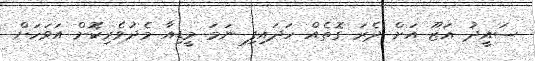
ސައީދު އަޒޫ އަށް ދެރަ ގޮތެއް ހަދައިފި ނަމަ މީޑިއާ މެދުވެރިކޮަށް އަވަހަށް